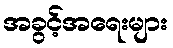
အခွင့်အရေးများ